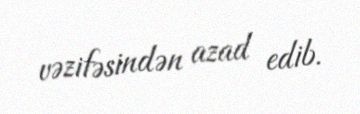
vəzifəsindən azad edib.